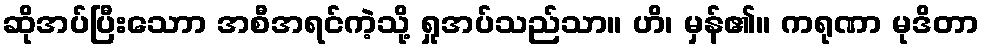
ဆိုအပ်ပြီးသောာ အစီအရင်ကဲ့သို့ ရှုအပ်သည်သာ။ ဟိ၊ မှန်၏။ ကရုဏာ မုဒိတာ